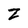
Character: Z